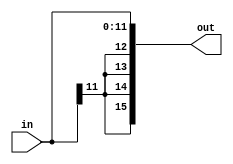
module sext12(in,out);
input [11:0] in;
output[15:0] out;
assign out= {{4{in[11]}},in[11:0]};
endmodule